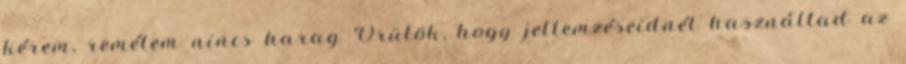
kérem, remélem nincs harag Örülök, hogy jellemzéseidnél használtad az